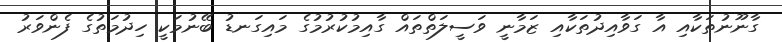
ގާނޫނުތަކާއި އާ ގަވާއިދުތަކާއި ޒަމާނީ ވަސީލަތްތައް ގާއިމުކުރުމުގެ މައިގަނޑު ބޭނުމަކީ ހިދުމަތުގެ ފެންވަރު